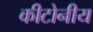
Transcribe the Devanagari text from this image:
कीटोनीय